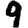
Digit: 9